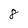
Character: 8